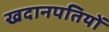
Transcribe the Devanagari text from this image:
खदानपतियों